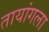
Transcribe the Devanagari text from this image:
तायांगला